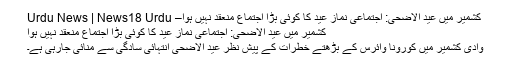
کشمیر میں عید الاضحیٰ: اجتماعی نماز عید کا کوئی بڑا اجتماع منعقد نہیں ہوا– Urdu News | News18 Urdu
کشمیر میں عید الاضحیٰ: اجتماعی نماز عید کا کوئی بڑا اجتماع منعقد نہیں ہوا
وادی کشمیر میں کورونا وائرس کے بڑھتے خطرات کے پیش نظر عید الاضحیٰ انتہائی سادگی سے منائی جارہی ہے۔